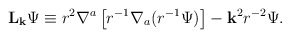
\begin{align*}{\bf L}_{\bf k}\Psi \equiv r^2\nabla^a\left[r^{-1}\nabla_a(r^{-1}\Psi)\right]- {\bf k}^2r^{-2}\Psi.\end{align*}